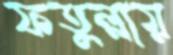
ফতুল্লায়